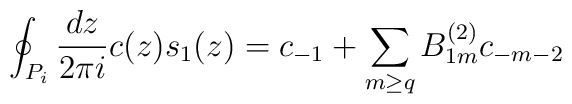
\oint_{P_{i}}\frac{dz}{2\pi i}c(z)s_{1}(z)=c_{-1}+\sum_{m\geq q}B^{(2)}_{1m}c_{-m-2}